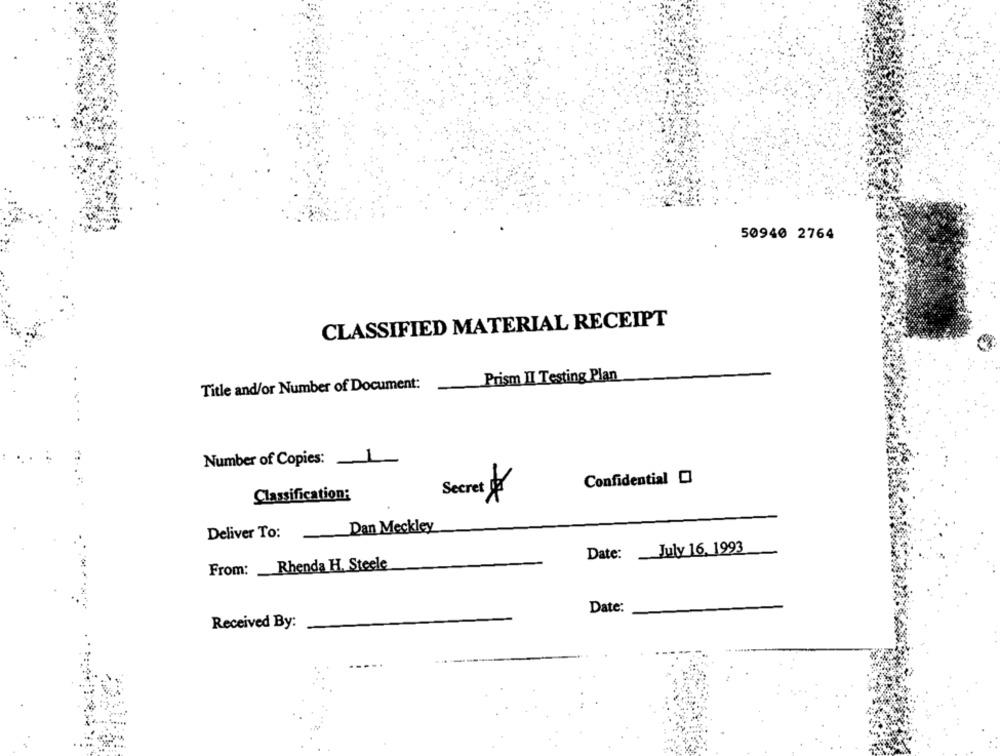
50940 2764
CLASSIFIED MATERIAL RECEIPT
Prism II Testing Plan
Title and/or Number of Document:
Number of Copies:
Confidential
Classification:
Secret fr
Dan Meckley
Deliver To:
July 16. 1993
Date:
Rhenda H. Steele
From:
Date:
Received By: